Rae_vallavalitsus, lk 67
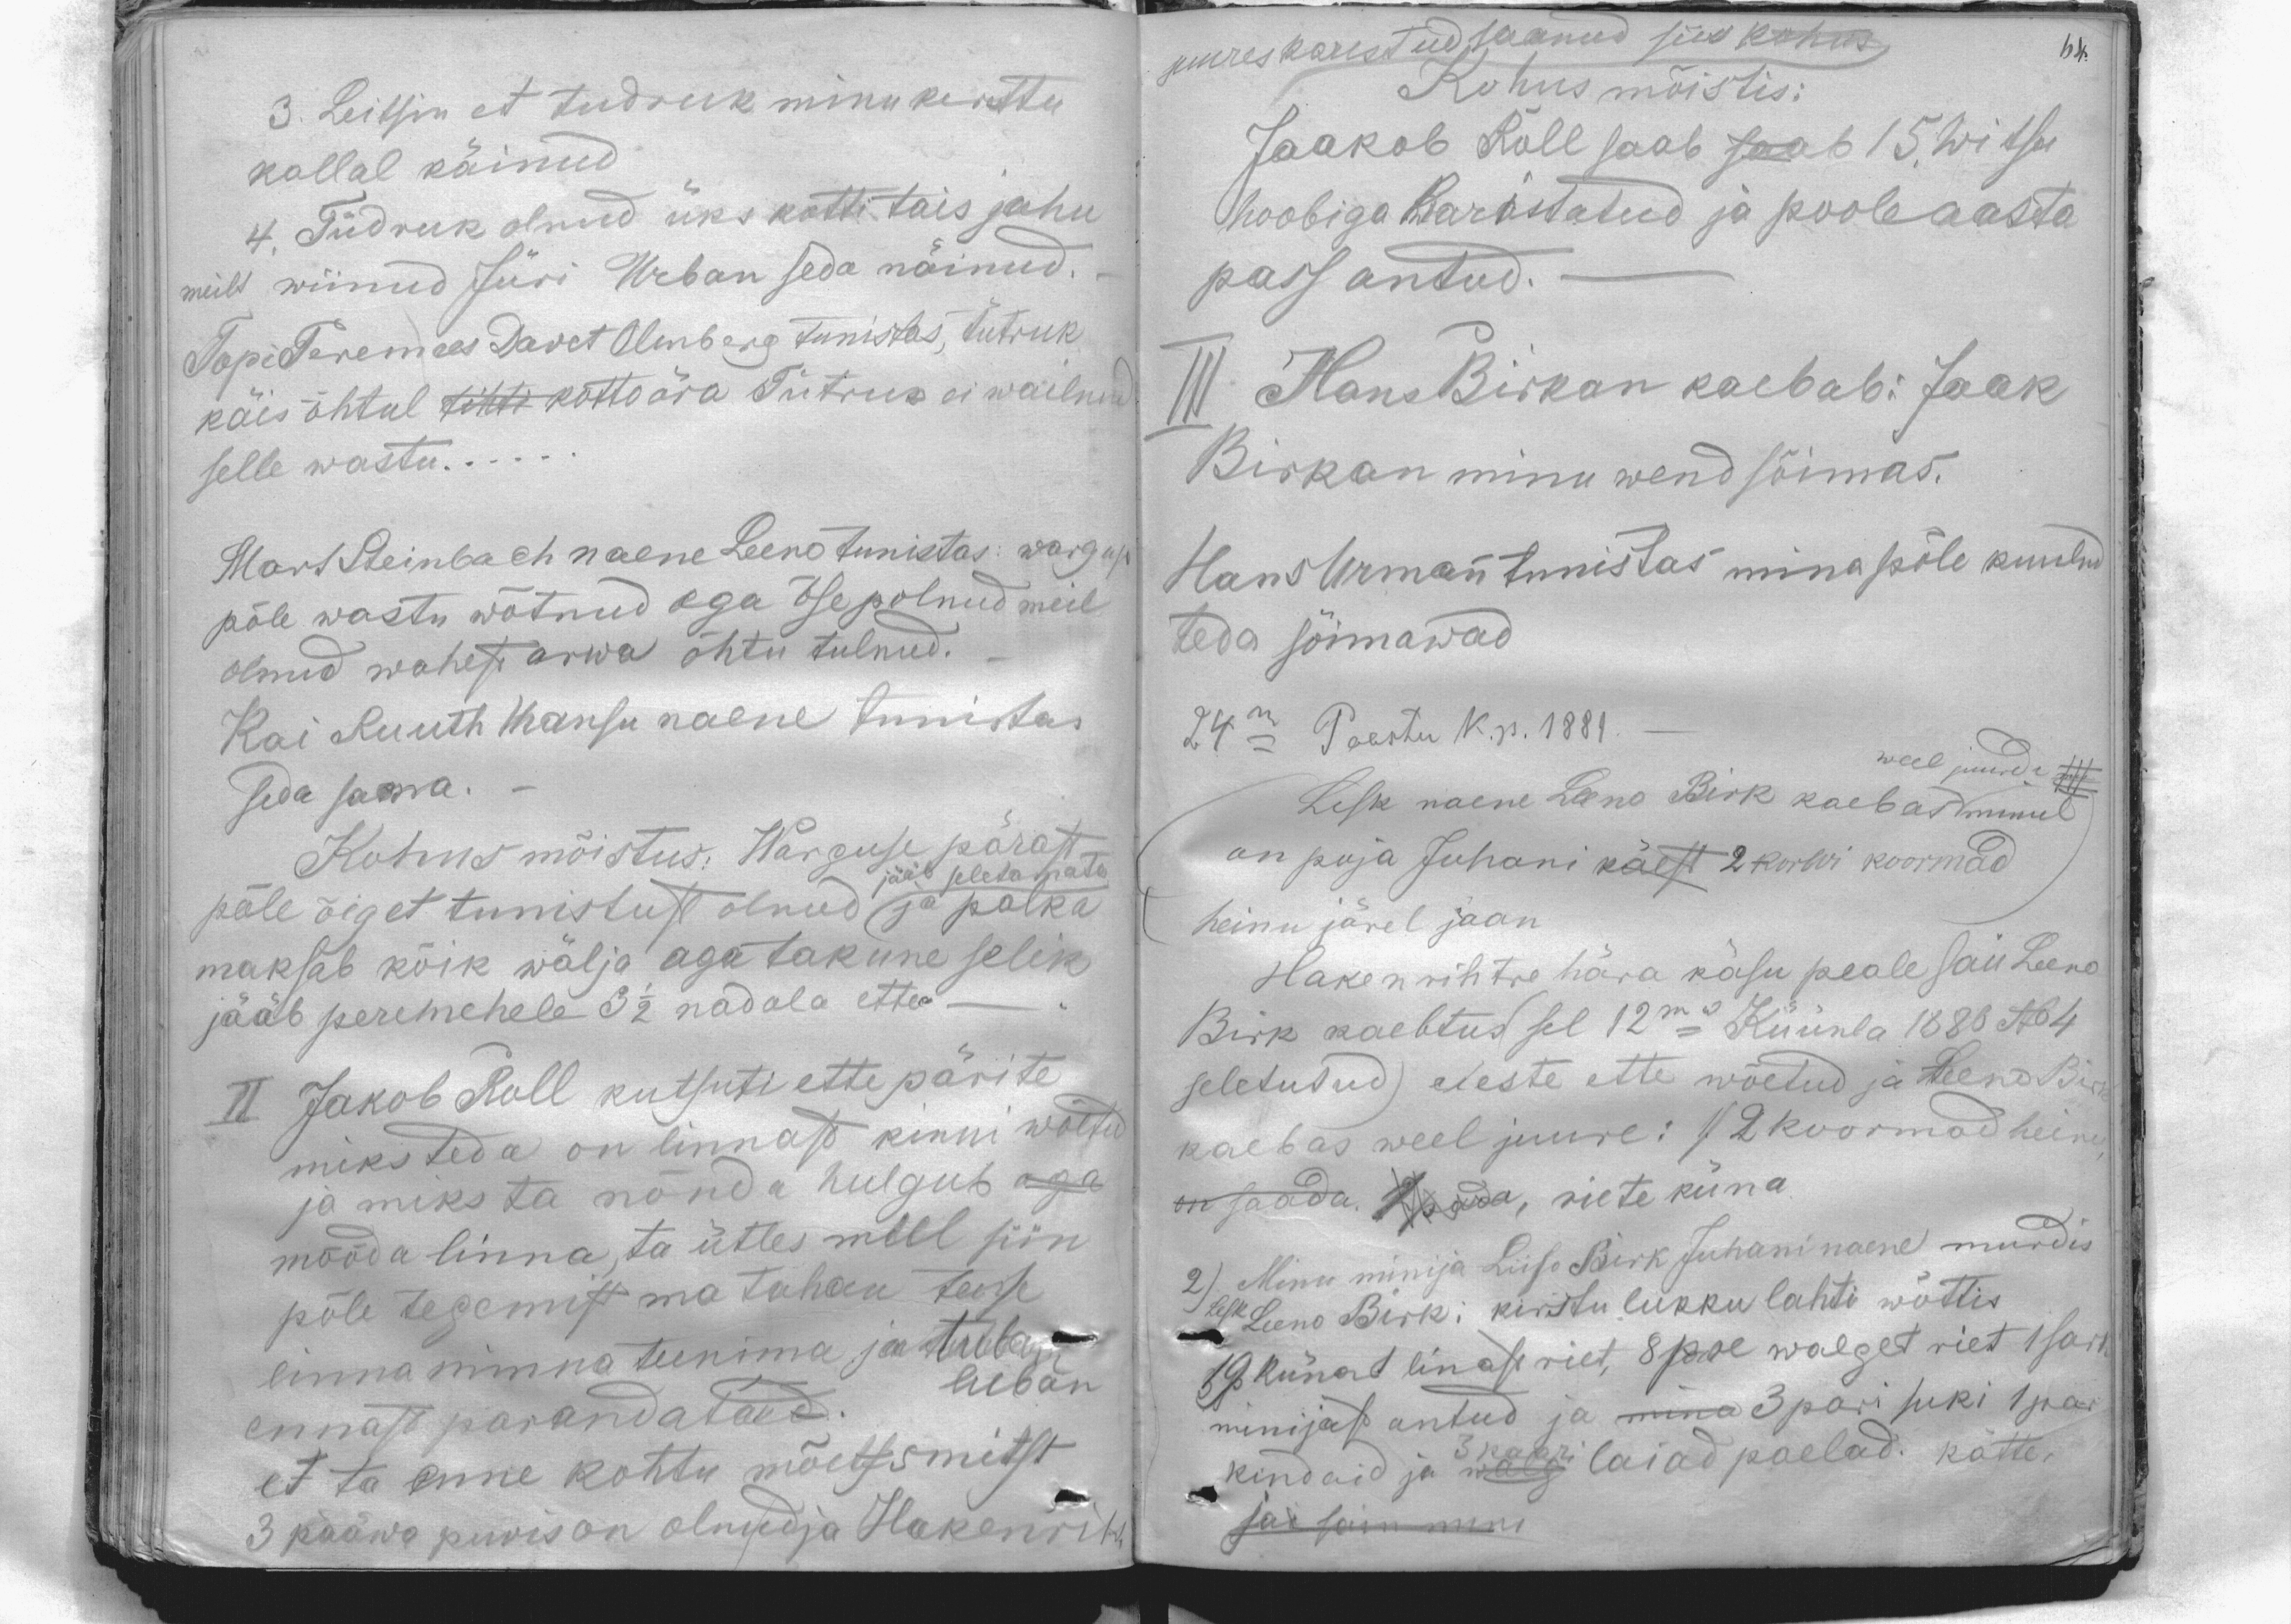
juures karistud saanud, siis kohus
Kohus mõistis:
Jaakob Roll saab saab 15. Witsu
hoobiga karistatud ja pooleaasta
pass antud.
III Hans Birkan kaebab: Jaak
Birkan minu wend sõimas.
teda sõimawad
24ma Paastu k. p. 1881.
Lesk naene Leeno Birk kaebas minul
weel juurde +++
on poja Juhani käest 2 korwi koormad
heinu järel jaan
Hakenrihtre hära käsu peale sai Leeno
Birk kaebtus(sel 12ma Küünla 1886 No 4
on saada. 1 pada, riete küna.
2) Minu minija Liiso Birk Juhani naene murdis
Lesk Leeno Birki kirstu lukku lahti wõttis
minijast antud ja mina 3 pari suki 1 paar
kindaid ja 3 paari laiad paelad. kätte,
jäi sain mind

3. Leitsin et tudruk minu kirsttu
kallal käinud
4. Tüdruk olnud üks kotti tais jahu
meilt wiinud Jüri Urban seda näinud.
Topi Peremees Davet Olmberg tunistas, tütruk
käis õhtul tihti kotto ära Tütruk ei wailnud
selle wastu...
Mart Reinbach naene Leeno tunistas: wargust
põle wastu wõtnud aga öse polnud meil
olnud wahest arwa õhtu tulnud.
Kai Ruuth Hansu naene tunistas
seda sama.
Kohus mõistus: Warguse pärast
jääb seletamata
põle õiget tunistust olnud ja palka
maksab kõik wälja, aga takune selik
jääb peremehele 3 1/2 nadala ette.
II Jakob Roll kutsuti ette pärite
miks teda on linnast kinni wõetud
ja miks ta nõnda hulgub aga
mööda linna, ta ütles mul siin
põle tegemist ma tahan teisse
linna minna teenima, ja luban
ennast parandata. luban
et ta enne kohtu mõelssmitst
3 pääwa puris on olnudja Hakenrih.

juures karistud saanud, siis kohus
Kohus mõistis:
Jaakob Roll saab saab 15. witsu
hoobiga Karistatud ja pooleaasta
pass antud.
III Hans Birkan kaebab: Jaak
Birkan minu wend sõimas.
Hans Urman tunistas mina põle kuuln
teda sõimawad.
24ma Paastu K.p. 1881.
Lesk naene Leeno Birk kaebas
weel juurde
on poja Juhani käest 2 korwi koormad
heinu järel jaan
Haken rihtse e hära käsu peale sai Leeno
Birk kaebtus sel 12ma Küünla 1888 N 64
seletutud) eieste ette wõetud ja Teeno Birk
kaebas weel juure: (2 koormad hein
on saada. Koda, riete kuna
2) Minu minija Liiso Berk Juhaninaene murdis
eest Leeno Birk: kirstu lukku lahti wõttis
69 künat linase riet, õpse walget riet 1 sari
minijas antud ja mina 3 pari suki 1 par.
kindaid ja walgi laiad paelad. Kätte-
sai sain mini